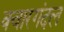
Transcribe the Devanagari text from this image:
क्वारगंदल